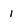
Character: 1